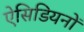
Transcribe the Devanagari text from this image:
ऐसिडियनों